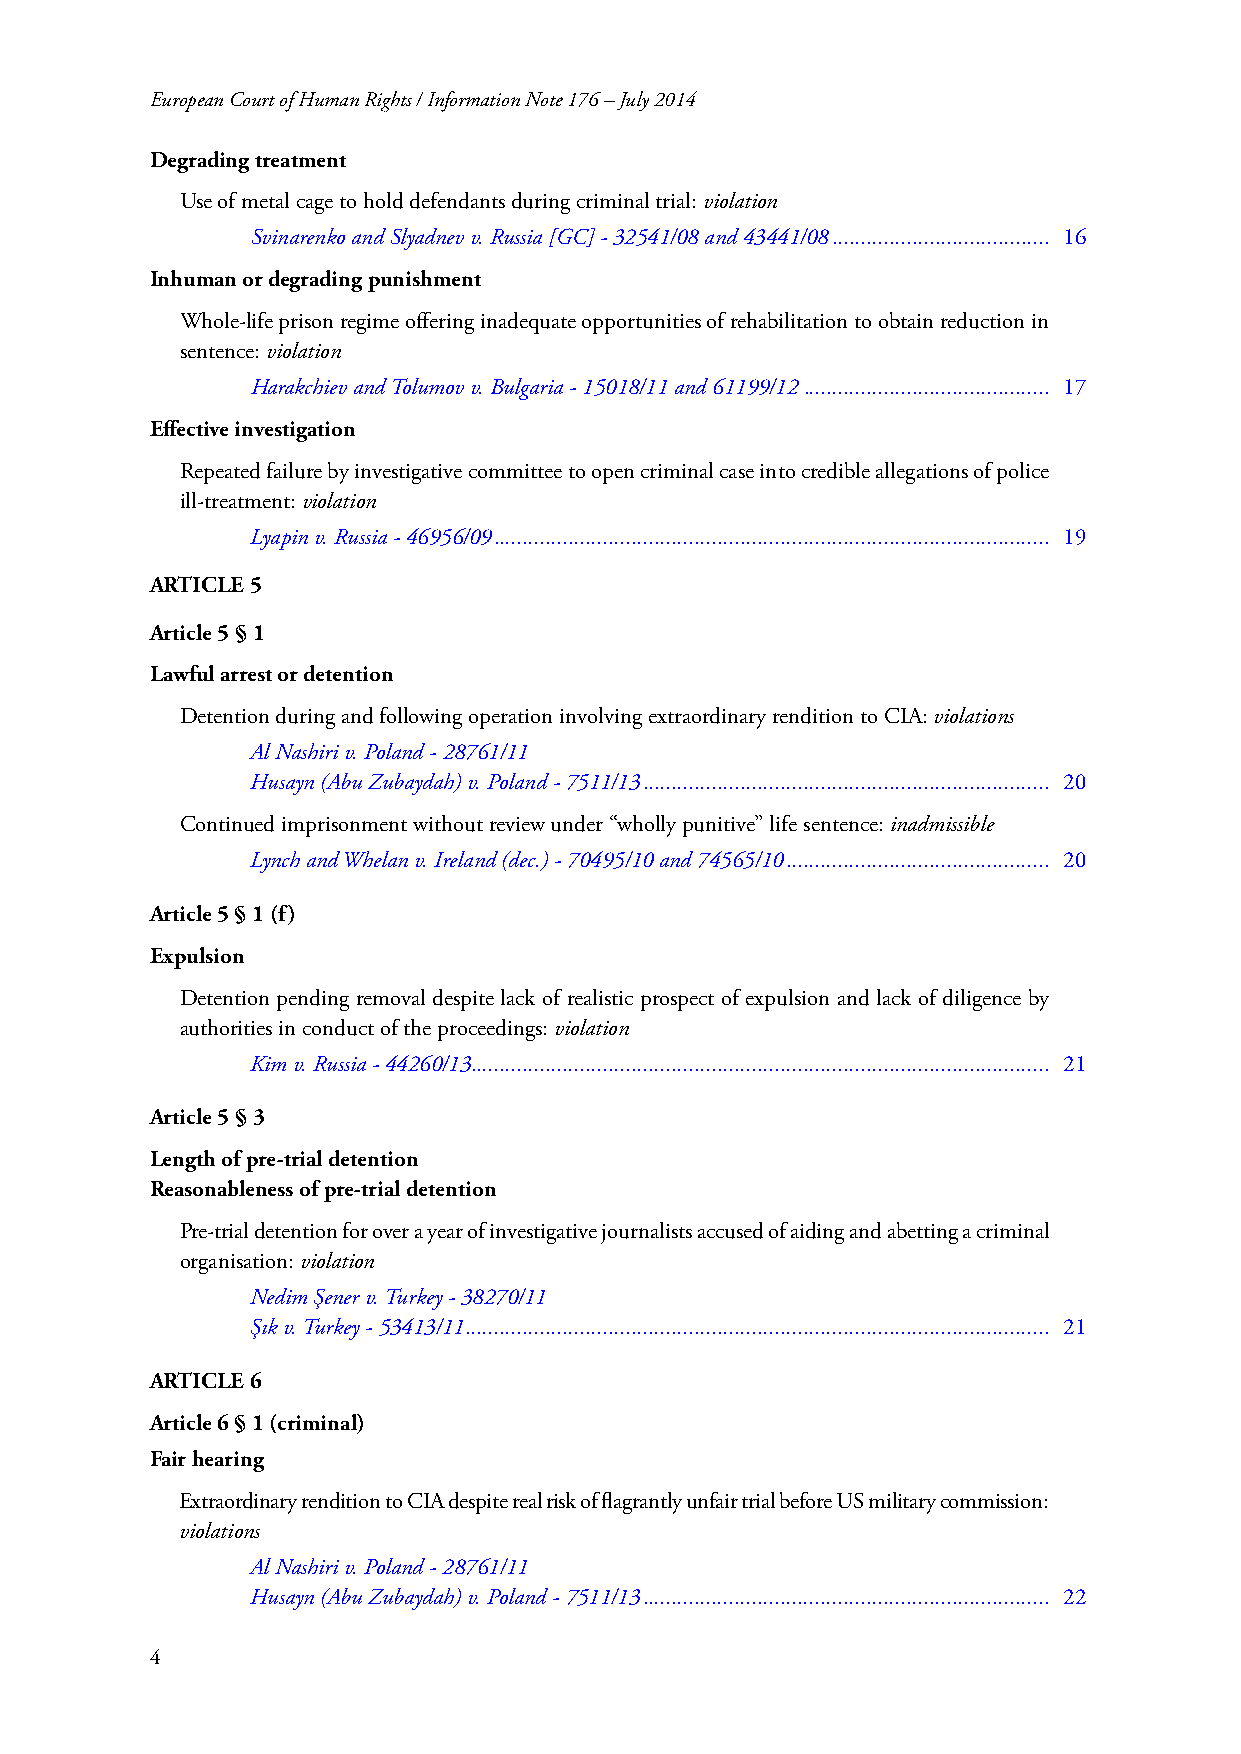
European Court of Human Rights / Information Note 176 – July 2014
 Degrading treatment
 Use of metal cage to hold defendants during criminal trial: violation
 Svinarenko and Slyadnev v. Russia [GC] - 32541/08 and 43441/08 ...................................... 16
 Inhuman or degrading punishment
 Whole-life prison regime offering inadequate opportunities of rehabilitation to obtain reduction in
 sentence: violation
 Harakchiev and Tolumov v. Bulgaria - 15018/11 and 61199/12 ........................................... 17
 Effective investigation
 Repeated failure by investigative committee to open criminal case into credible allegations of police
 ill-treatment: violation
 Lyapin v. Russia - 46956/09 ................................................................................................. 19
 ARTICLE 5
 Article 5 § 1
 Lawful arrest or detention
 Detention during and following operation involving extraordinary rendition to CIA: violations
 Al Nashiri v. Poland - 28761/11
 Husayn (Abu Zubaydah) v. Poland - 7511/13 ....................................................................... 20
 Continued imprisonment without review under “wholly punitive” life sentence: inadmissible
 Lynch and Whelan v. Ireland (dec.) - 70495/10 and 74565/10 .............................................. 20
 Article 5 § 1 (f)
 Expulsion
 Detention pending removal despite lack of realistic prospect of expulsion and lack of diligence by
 authorities in conduct of the proceedings: violation
 Kim v. Russia - 44260/13 ..................................................................................................... 21
 Article 5 § 3
 Length of pre-trial detention
 Reasonableness of pre-trial detention
 Pre-trial detention for over a year of investigative journalists accused of aiding and abetting a criminal
 organisation: violation
 Nedim Şener v. Turkey - 38270/11
 Şık v. Turkey - 53413/11 ...................................................................................................... 21
 ARTICLE 6
 Article 6 § 1 (criminal)
 Fair hearing
 Extraordinary rendition to CIA despite real risk of flagrantly unfair trial before US military commission:
 violations
 Al Nashiri v. Poland - 28761/11
 Husayn (Abu Zubaydah) v. Poland - 7511/13 ....................................................................... 22
 4